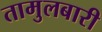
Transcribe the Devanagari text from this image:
तामुलबारी